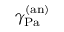
\gamma _ { \mathrm { { P a } } } ^ { \mathrm { { ( a n ) } } }